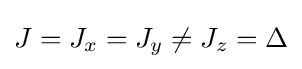
J=J_{x}=J_{y}\neq J_{z}=\Delta